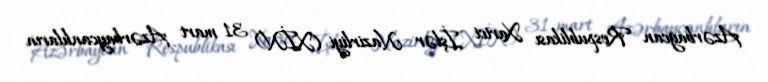
Azərbaycan Respublikası Xarici İşlər Nazirliyi (XİN) 31 mart Azərbaycanlıların